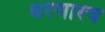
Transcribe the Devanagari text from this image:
धरणारच